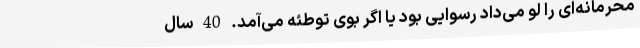
محرمانه‌ای را لو می‌داد رسوایی بود یا اگر بوی توطئه می‌آمد. 40 سال